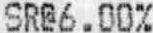
SR@6.00%